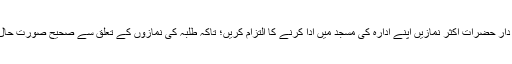
(۱۳) مہتمم و ذمہ دار حضرات اکثر نمازیں اپنے ادارہ کی مسجد میں ادا کرنے کا التزام کریں؛ تاکہ طلبہ کی نمازوں کے تعلق سے صحیح صورت حال سامنے آتی رہے۔